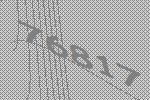
76817